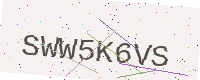
Text: SWW5K6VS